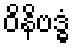
ဝိနိဗဒ္ဓံ